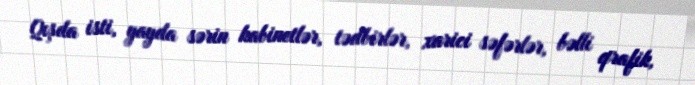
Qışda isti, yayda sərin kabinetlər, tədbirlər, xarici səfərlər, bəlli qrafik,